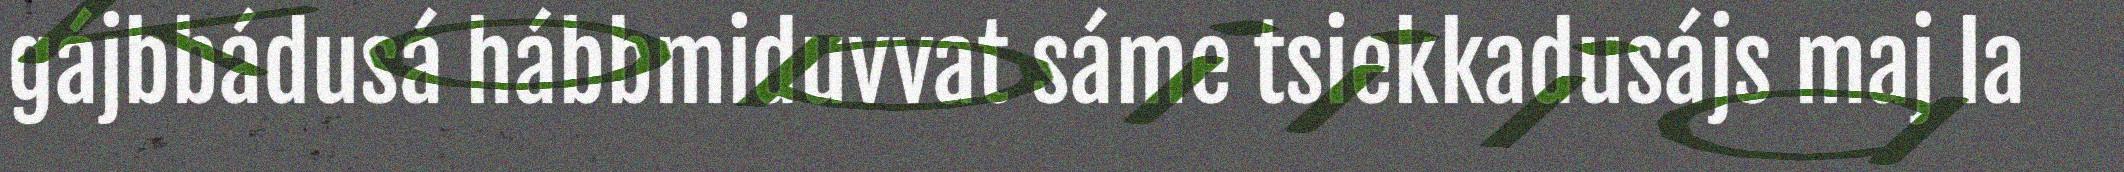
gájbbádusá hábbmiduvvat sáme tsiekkadusájs maj la